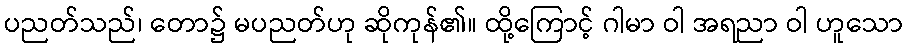
ပညတ်သည်၊ တော၌ မပညတ်ဟု ဆိုကုန်၏။ ထို့ကြောင့် ဂါမာ ဝါ အရညာ ဝါ ဟူသော